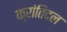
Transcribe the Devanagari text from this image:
क्रांतिदल